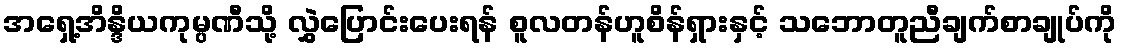
အရှေ့အိန္ဒိယကုမ္ပဏီသို့ လွှဲပြောင်းပေးရန် စူလတန်ဟူစိန်ရှားနှင့် သဘောတူညီချက်စာချုပ်ကို